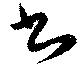
書